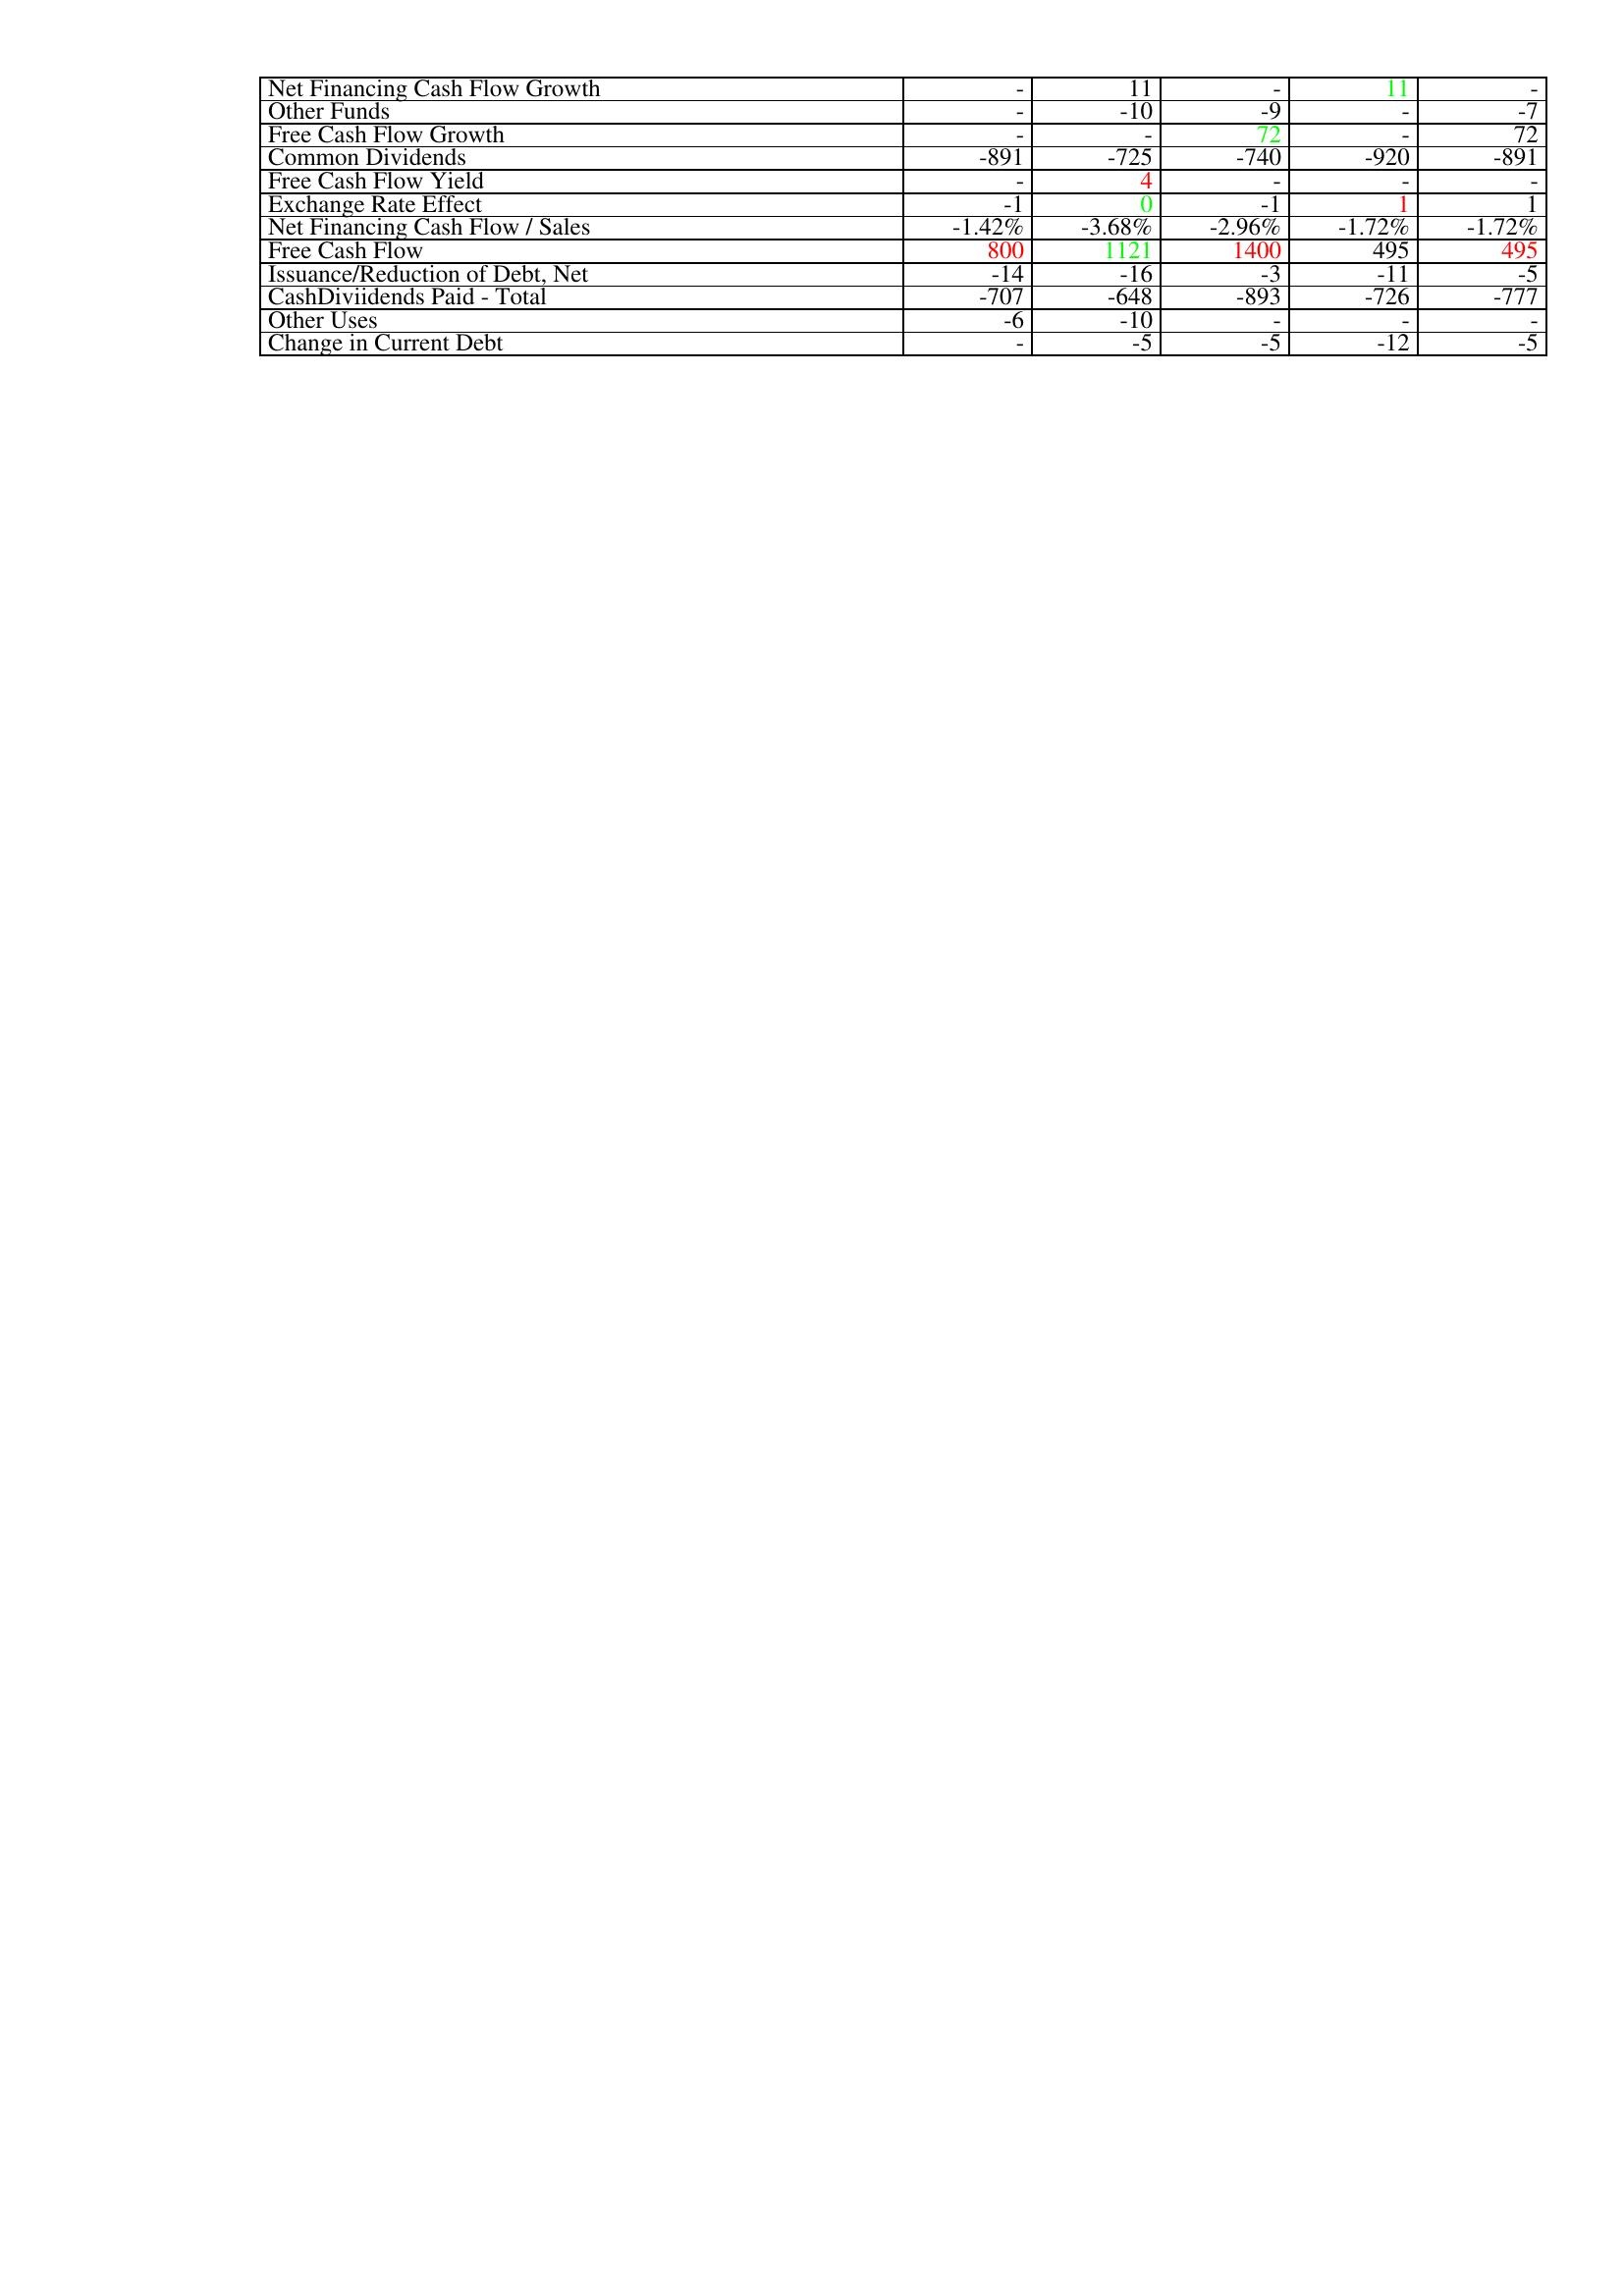
gt_parse: 2017: Financing Activities: Net Financing Cash Flow Growth: -
Other Funds: -
Free Cash Flow Growth: -
Common Dividends: -891
Free Cash Flow Yield: -
Exchange Rate Effect: -1
Net Financing Cash Flow / Sales: -1.42%
Free Cash Flow: 800
Issuance/Reduction of Debt, Net: -14
CashDiviidends Paid - Total: -707
Other Uses: -6
Change in Current Debt: -
2016: Financing Activities: Net Financing Cash Flow Growth: 11
Other Funds: -10
Free Cash Flow Growth: -
Common Dividends: -725
Free Cash Flow Yield: 4
Exchange Rate Effect: 0
Net Financing Cash Flow / Sales: -3.68%
Free Cash Flow: 1121
Issuance/Reduction of Debt, Net: -16
CashDiviidends Paid - Total: -648
Other Uses: -10
Change in Current Debt: -5
2015: Financing Activities: Net Financing Cash Flow Growth: -
Other Funds: -9
Free Cash Flow Growth: 72
Common Dividends: -740
Free Cash Flow Yield: -
Exchange Rate Effect: -1
Net Financing Cash Flow / Sales: -2.96%
Free Cash Flow: 1400
Issuance/Reduction of Debt, Net: -3
CashDiviidends Paid - Total: -893
Other Uses: -
Change in Current Debt: -5
2014: Financing Activities: Net Financing Cash Flow Growth: 11
Other Funds: -
Free Cash Flow Growth: -
Common Dividends: -920
Free Cash Flow Yield: -
Exchange Rate Effect: 1
Net Financing Cash Flow / Sales: -1.72%
Free Cash Flow: 495
Issuance/Reduction of Debt, Net: -11
CashDiviidends Paid - Total: -726
Other Uses: -
Change in Current Debt: -12
2013: Financing Activities: Net Financing Cash Flow Growth: -
Other Funds: -7
Free Cash Flow Growth: 72
Common Dividends: -891
Free Cash Flow Yield: -
Exchange Rate Effect: 1
Net Financing Cash Flow / Sales: -1.72%
Free Cash Flow: 495
Issuance/Reduction of Debt, Net: -5
CashDiviidends Paid - Total: -777
Other Uses: -
Change in Current Debt: -5